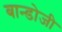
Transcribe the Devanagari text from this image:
बान्डोजी